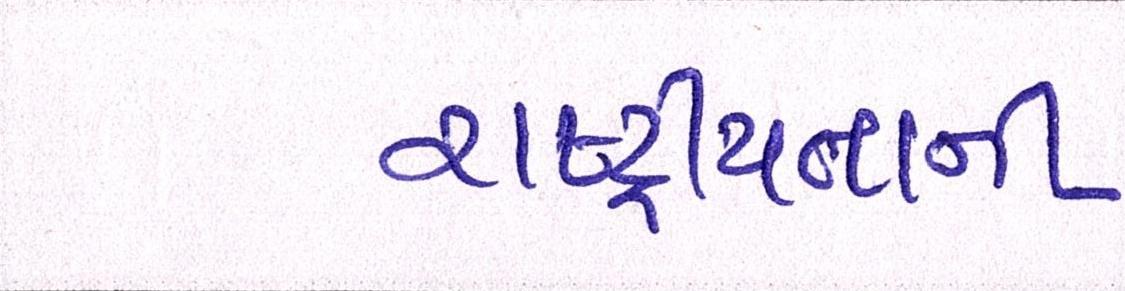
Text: રાષ્ટ્રીયતાની